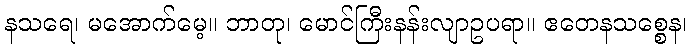
နသရေ၊ မအောက်မေ့။ ဘာတု၊ မောင်ကြီးနန်းလျာဥပရာ။ ဧတေနသစ္စေန၊